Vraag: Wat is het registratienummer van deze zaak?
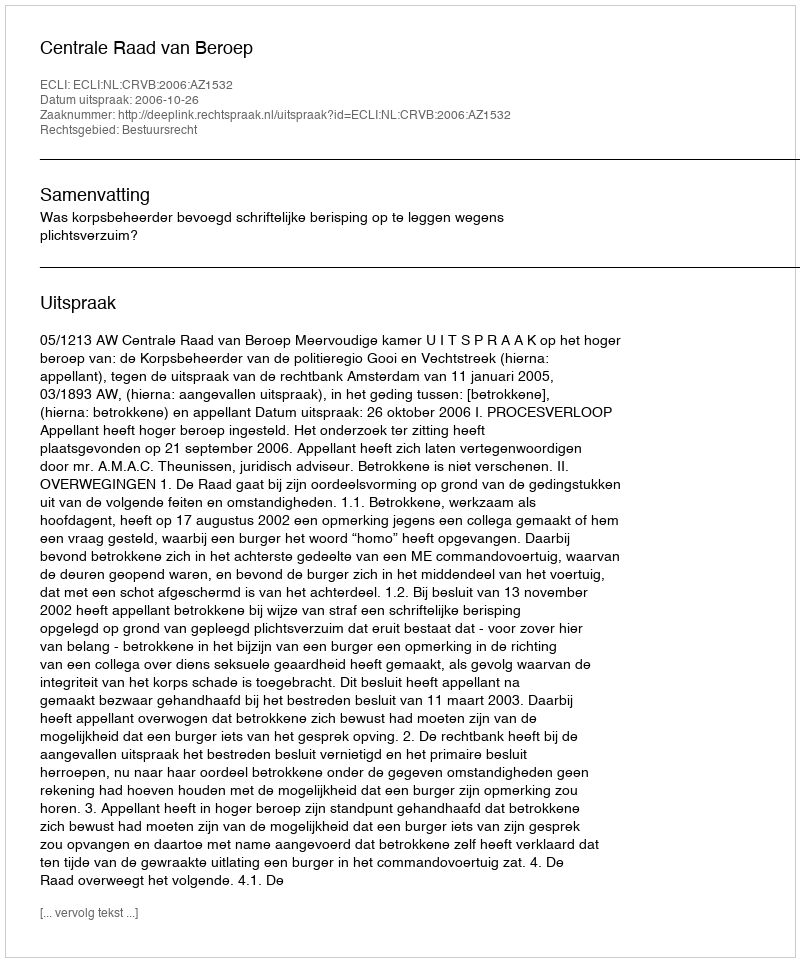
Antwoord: http://deeplink.rechtspraak.nl/uitspraak?id=ECLI:NL:CRVB:2006:AZ1532